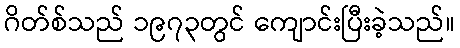
ဂိတ်စ်သည် ၁၉၇၃တွင် ကျောင်းပြီးခဲ့သည်။